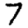
Digit: 7